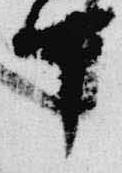
中